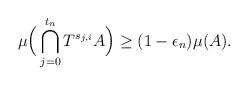
LaTeX: \begin{align*}\mu\Big(\bigcap_{j=0}^{t_n}T^{s_{j,i}}A\Big) \geq (1-\epsilon_n)\mu(A).\end{align*}